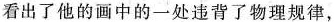
看出了他的画中的一处违背了物理规律，